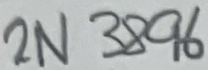
Text: 2N3896